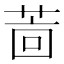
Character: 𱽲